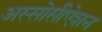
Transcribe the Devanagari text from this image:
अस्सोसीऐशन